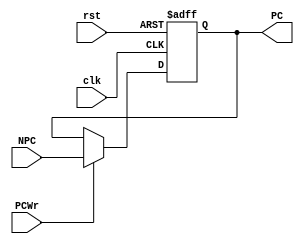
`timescale 1ns / 1ps
//////////////////////////////////////////////////////////////////////////////////
// Company: 
// Engineer: 
// 
// Design Name: 
// Module Name: PC
// Project Name: 
// Target Devices: 
// Tool Versions: 
// Description: 
// 
// Dependencies: 
// 
// Revision:
// Revision 0.01 - File Created
// Additional Comments:
// 
//////////////////////////////////////////////////////////////////////////////////


module PC( clk, rst, PCWr, NPC, PC );
           
   input         clk;
   input         rst;
   input         PCWr;
   input  [31:2] NPC;
   output [31:2] PC;
   
   reg [31:2] PC;
   reg [1:0] tmp;
               
   always @(posedge clk or posedge rst) begin
      if ( rst ) 
         {PC, tmp} <= 32'h0000_3000;   
      else if ( PCWr ) 
         PC <= NPC;
   end // end always
           
endmodule